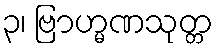
၃၊ ဗြာဟ္မဏသုတ္တ